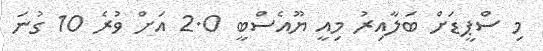
މި ސްޕީޑަށް ބަލާއިރު މިއީ ޔޫއެސްބީ 2.0 އަށް ވުރެ 10 ގުނަ